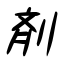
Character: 剤